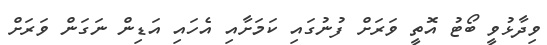
ވިދާޅުވީ ބޯޓު އޮތީ ވަރަށް ފުނުގައި ކަމަށާއި އެހައި އަޑިން ނަގަން ވަރަށް